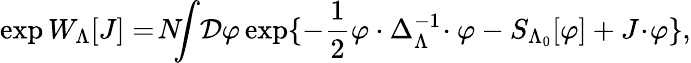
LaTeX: \exp W_{\Lambda}[J]=\! N\! \! \! \int\! {\cal D}\varphi\exp\{ -\frac{1}{2}\varphi\cdot\Delta_{\Lambda}^{-1}\! \cdot\varphi-S_{\Lambda_{0}}[\varphi]+J\! \cdot\! \varphi\} ,